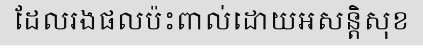
ដែលរងផលប៉ះពាល់ដោយអសន្តិសុខ